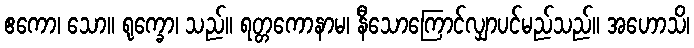
ဧကော၊ သော။ ရုက္ခော၊ သည်။ ရတ္တကောနာမ၊ နီသောကြောင်လျှာပင်မည်သည်။ အဟောသိ၊